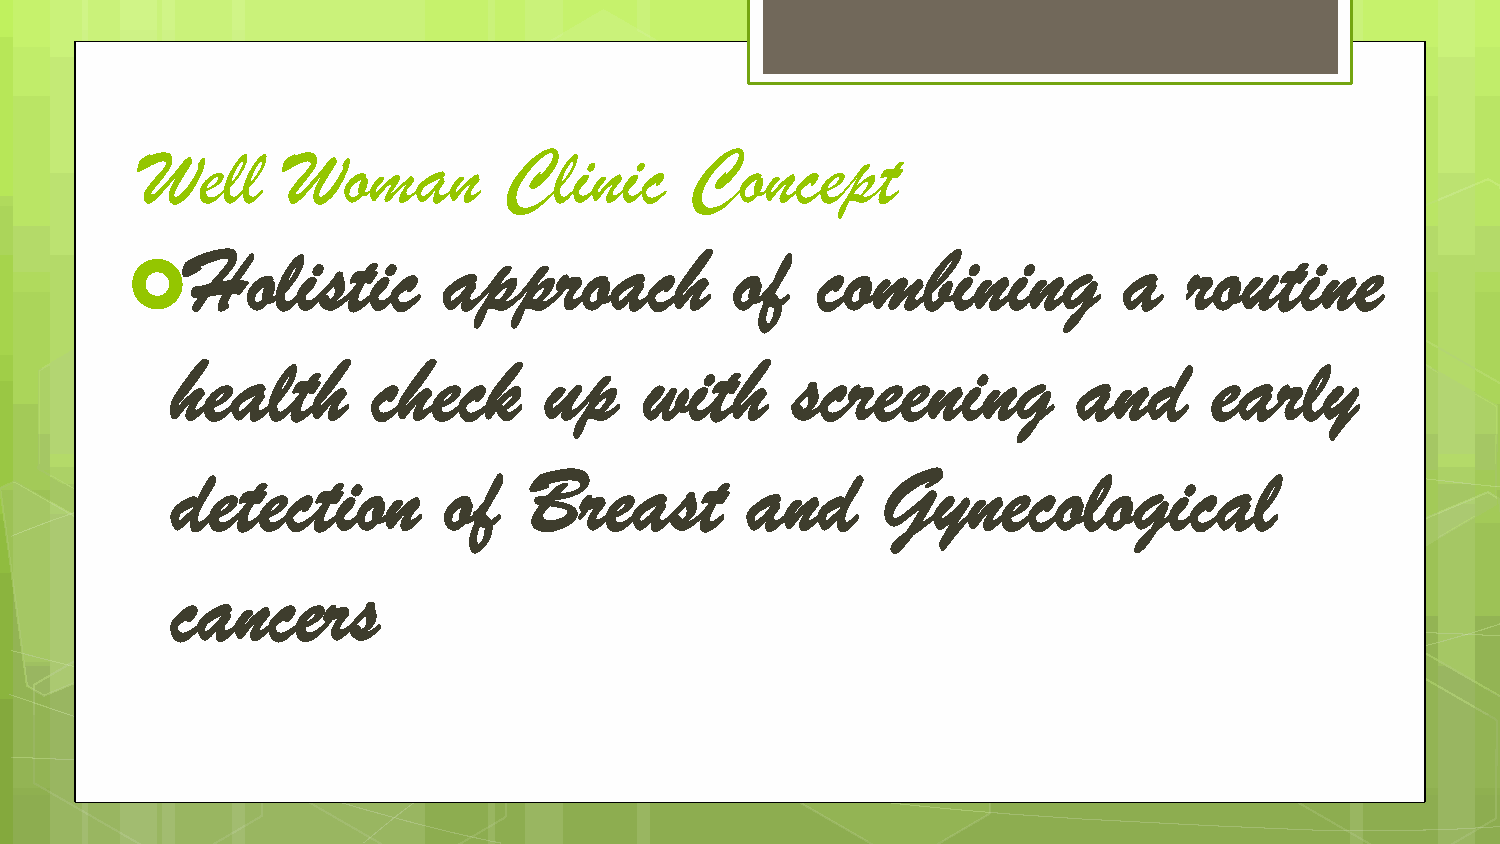
Well      Woman         Clinic       Concept
 Holistic         approach            of   combining           a    routine
 
 health        check      up     with     screening          and      early
 detection         of    Breast        and      Gynecological
 cancers